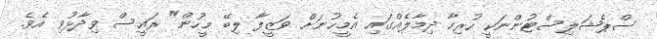
ސްޕެޝަލިސްޓުންނަކީ ހުރިހާ ދިމާލެއްގައި އެމީހުނަށް ވަޒީފާ ލިބޭ މީހުން" ރައީސް ވިދާޅުވި އެވެ.